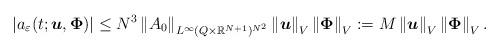
LaTeX: \begin{align*}\left\vert a_{\varepsilon }(t;\boldsymbol{u},\boldsymbol{\Phi })\right\vert\leq N^{3}\left\Vert A_{0}\right\Vert _{L^{\infty }(Q\times \mathbb{R}^{N+1})^{N^{2}}}\left\Vert \boldsymbol{u}\right\Vert _{V}\left\Vert \boldsymbol{\Phi }\right\Vert _{V}:=M\left\Vert \boldsymbol{u}\right\Vert_{V}\left\Vert \boldsymbol{\Phi }\right\Vert _{V}. \end{align*}